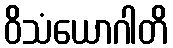
ဝိသံယောဂါတိ